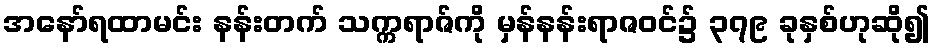
အနော်ရထာမင်း နန်းတက် သက္ကရာဇ်ကို မှန်နန်းရာဇဝင်၌ ၃၇၉ ခုနှစ်ဟုဆို၍